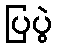
ပြပွဲ